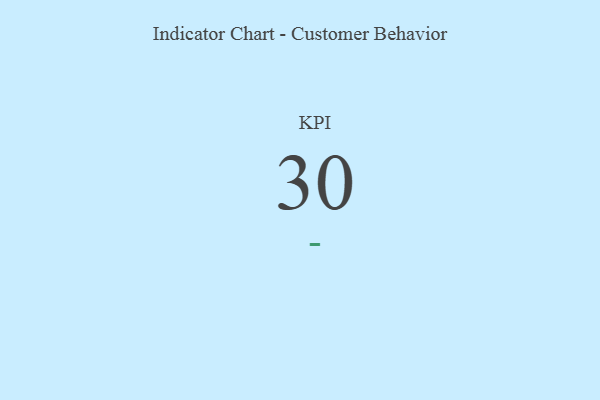
{"axis": {"x": "KPI", "y": "Value"}, "legend": [""], "data": [{"x": "KPI", "y": 30, "type": ""}]}